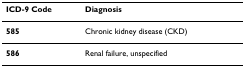
<table><thead><tr><td><b>ICD-9 Code</b></td><td><b>Diagnosis</b></td></tr></thead><tbody><tr><td><b>585</b></td><td>Chronic kidney disease (CKD)</td></tr><tr><td><b>586</b></td><td>Renal failure, unspecified</td></tr></tbody></table>